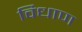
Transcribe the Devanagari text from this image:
विधाण